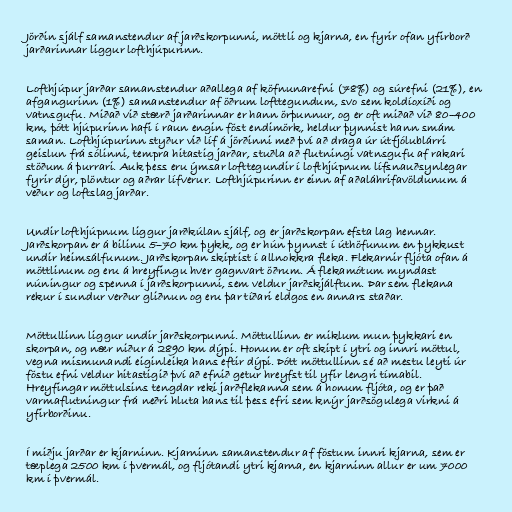
Jörðin sjálf samanstendur af jarðskorpunni, möttli og kjarna, en fyrir ofan yfirborð
jarðarinnar liggur lofthjúpurinn.

Lofthjúpur jarðar samanstendur aðallega af köfnunarefni (78%) og súrefni (21%), en
afgangurinn (1%) samanstendur af öðrum lofttegundum, svo sem koldíoxíði og
vatnsgufu. Miðað við stærð jarðarinnar er hann örþunnur, og er oft miðað við 80–400
km, þótt hjúpurinn hafi í raun engin föst endimörk, heldur þynnist hann smám
saman. Lofthjúpurinn styður við líf á jörðinni með því að draga úr útfjólublárri
geislun frá sólinni, tempra hitastig jarðar, stuðla að flutningi vatnsgufu af rakari
stöðum á þurrari. Auk þess eru ýmsar lofttegundir í lofthjúpnum lífsnauðsynlegar
fyrir dýr, plöntur og aðrar lífverur. Lofthjúpurinn er einn af aðaláhrifavöldunum á
veður og loftslag jarðar.

Undir lofthjúpnum liggur jarðkúlan sjálf, og er jarðskorpan efsta lag hennar.
Jarðskorpan er á bilinu 5–70 km þykk, og er hún þynnst í úthöfunum en þykkust
undir heimsálfunum. Jarðskorpan skiptist í allnokkra fleka. Flekarnir fljóta ofan á
möttlinum og eru á hreyfingu hver gagnvart öðrum. Á flekamótum myndast
núningur og spenna í jarðskorpunni, sem veldur jarðskjálftum. Þar sem flekana
rekur í sundur verður gliðnun og eru þar tíðari eldgos en annars staðar.

Möttullinn liggur undir jarðskorpunni. Möttullinn er miklum mun þykkari en
skorpan, og nær niður á 2890 km dýpi. Honum er oft skipt í ytri og innri möttul,
vegna mismunandi eiginleika hans eftir dýpi. Þótt möttullinn sé að mestu leyti úr
föstu efni veldur hitastigið því að efnið getur hreyfst til yfir lengri tímabil.
Hreyfingar möttulsins tengdar reki jarðflekanna sem á honum fljóta, og er það
varmaflutningur frá neðri hluta hans til þess efri sem knýr jarðsögulega virkni á
yfirborðinu.

Í miðju jarðar er kjarninn. Kjarninn samanstendur af föstum innri kjarna, sem er
tæplega 2500 km í þvermál, og fljótandi ytri kjarna, en kjarninn allur er um 7000
km í þvermál.